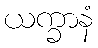
ယက္ခာနံ